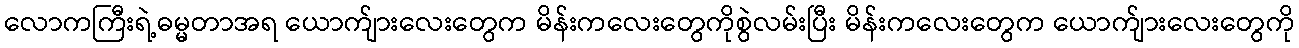
လောကကြီးရဲ့ဓမ္မတာအရ ယောက်ျားလေးတွေက မိန်းကလေးတွေကိုစွဲလမ်းပြီး မိန်းကလေးတွေက ယောက်ျားလေးတွေကို